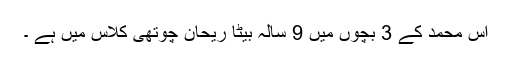
آس محمد کے 3 بچوں میں 9 سالہ بیٹا ریحان چوتھی کلاس میں ہے ۔